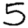
Digit: 5